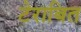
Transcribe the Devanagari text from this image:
टेराबित